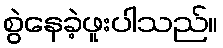
စွဲနေခဲ့ဖူးပါသည်။